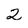
Character: 2